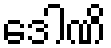
ဒေါဏိ